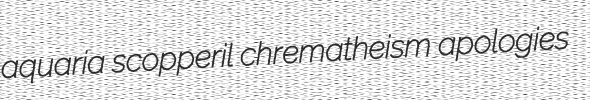
aquaria scopperil chrematheism apologies